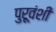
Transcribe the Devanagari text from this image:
पुरूवंशी